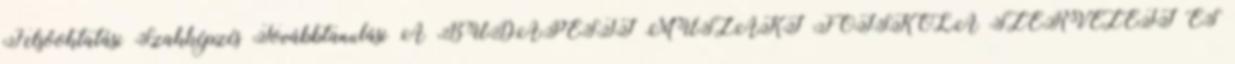
Felsőoktatási Szakképzés Továbbtanulási A BUDAPESTI MŰSZAKI FŐISKOLA SZERVEZETI ÉS